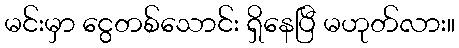
မင်းမှာ ငွေတစ်သောင်း ရှိနေပြီ မဟုတ်လား။